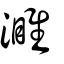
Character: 濉